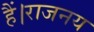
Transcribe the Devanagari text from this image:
हैं।राजनय